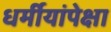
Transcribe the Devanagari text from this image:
धर्मीयांपेक्षा